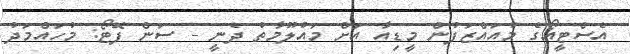
އެސްޓީއޯގެ މުއައްޒަފުން މީޑިއާ އަށް މައުލޫމާތު ދެނީ - ސަން ފޮޓޯ: މުހައްމަދު